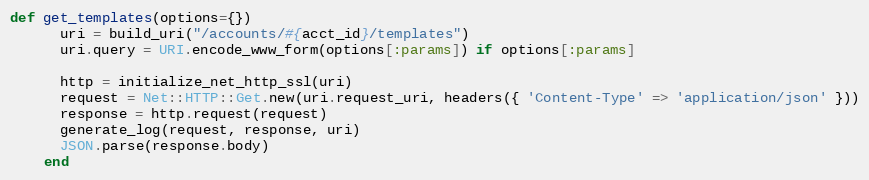
Language: Ruby
def get_templates(options={})
      uri = build_uri("/accounts/#{acct_id}/templates")
      uri.query = URI.encode_www_form(options[:params]) if options[:params]

      http = initialize_net_http_ssl(uri)
      request = Net::HTTP::Get.new(uri.request_uri, headers({ 'Content-Type' => 'application/json' }))
      response = http.request(request)
      generate_log(request, response, uri)
      JSON.parse(response.body)
    end